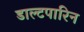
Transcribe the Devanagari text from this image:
डाल्टपारिन